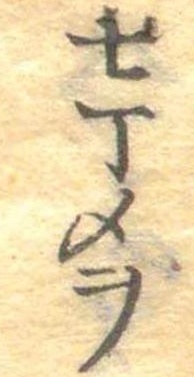
七丁メヲ